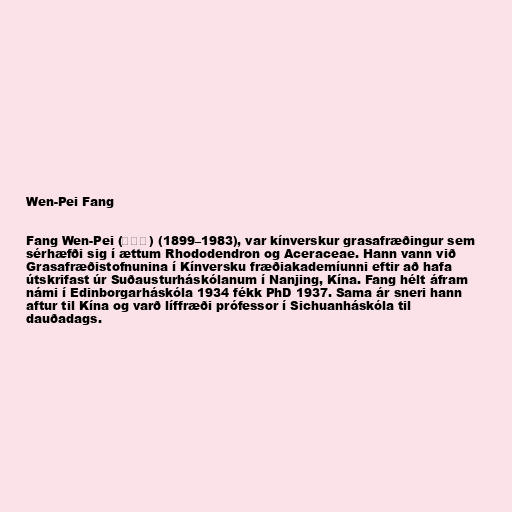
Wen-Pei Fang

Fang Wen-Pei (方文培) (1899–1983), var kínverskur grasafræðingur sem
sérhæfði sig í ættum Rhododendron og Aceraceae. Hann vann við
Grasafræðistofnunina í Kínversku fræðiakademíunni eftir að hafa
útskrifast úr Suðausturháskólanum í Nanjing, Kína. Fang hélt áfram
námi í Edinborgarháskóla 1934 fékk PhD 1937. Sama ár sneri hann
aftur til Kína og varð líffræði prófessor í Sichuanháskóla til
dauðadags.